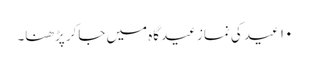
۱۰ عید کی نماز عیدگاہ میں جاکر پڑھنا۔